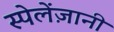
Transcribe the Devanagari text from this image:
स्पेलेंज़ानी